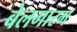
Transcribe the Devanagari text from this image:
बेलगारम